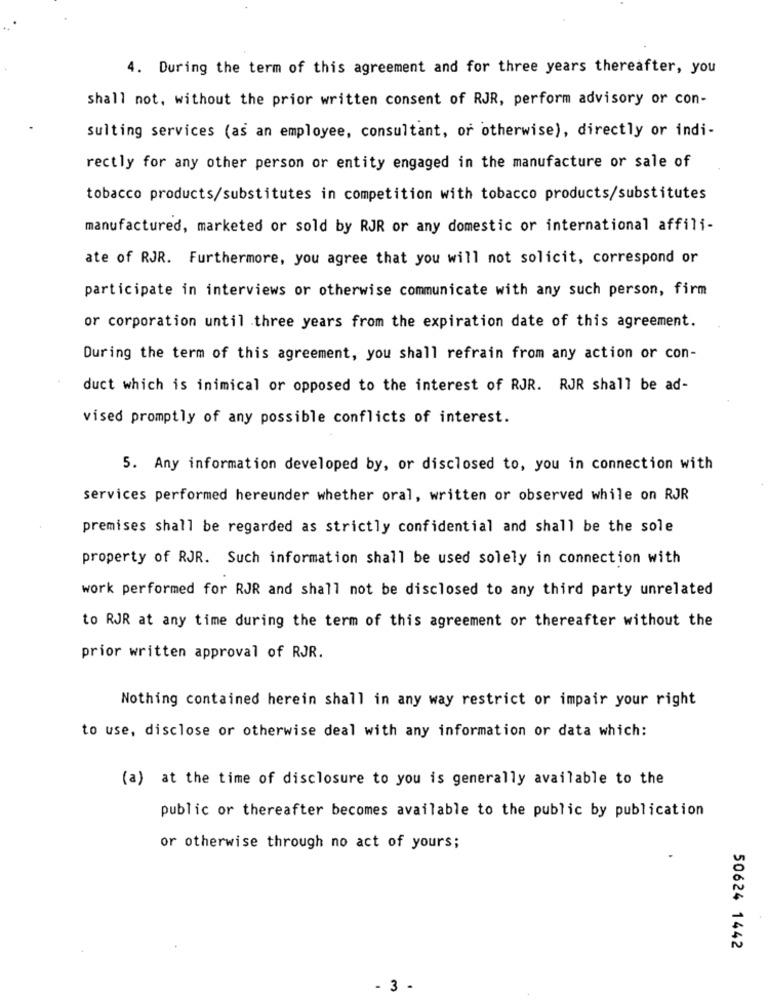
4. During the term of this agreement and for three years thereafter, you
shall not, without the prior written consent of RJR, perform advisory or con-
sulting services (as an employee, consultant, or otherwise), directly or indi-
rectly for any other person or entity engaged in the manufacture or sale of
tobacco products/substitutes in competition with tobacco products/substitutes
manufactured, marketed or sold by RJR or any domestic or international affili-
ate of RJR. Furthermore, you agree that you will not solicit, correspond or
participate in interviews or otherwise communicate with any such person, firm
or corporation until three years from the expiration date of this agreement.
During the term of this agreement, you shall refrain from any action or con-
duct which is inimical or opposed to the interest of RJR. RJR shall be ad-
vised promptly of any possible conflicts of interest.
5. Any information developed by, or disclosed to, you in connection with
services performed hereunder whether oral, written or observed while on RJR
premises shall be regarded as strictly confidential and shall be the sole
property of RJR. Such information shall be used solely in connection with
work performed for RJR and shall not be disclosed to any third party unrelated
to RJR at any time during the term of this agreement or thereafter without the
prior written approval of RJR.
Nothing contained herein shall in any way restrict or impair your right
to use, disclose or otherwise deal with any information or data which:
(a) at the time of disclosure to you is generally available to the
public or thereafter becomes available to the public by publication
or otherwise through no act of yours;
50624 1442
- 3 -